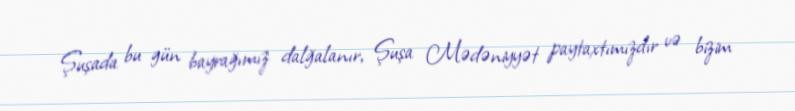
Şuşada bu gün bayrağımız dalğalanır, Şuşa Mədəniyyət paytaxtımızdır və bizim